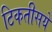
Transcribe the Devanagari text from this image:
टिकतीसयें